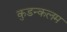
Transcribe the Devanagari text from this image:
कुडन्कलम